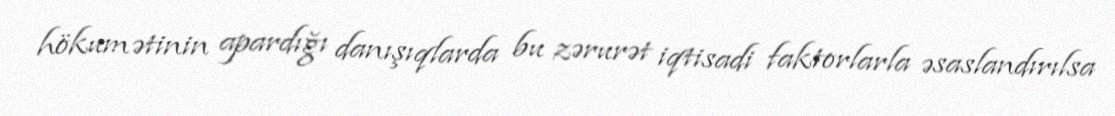
hökumətinin apardığı danışıqlarda bu zərurət iqtisadi faktorlarla əsaslandırılsa